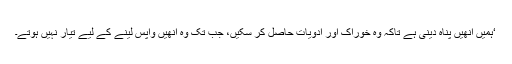
‘ہمیں انھیں پناہ دینی ہے تاکہ وہ خوراک اور ادویات حاصل کر سکیں، جب تک وہ انھیں واپس لینے کے لیے تیار نہیں ہوتے۔